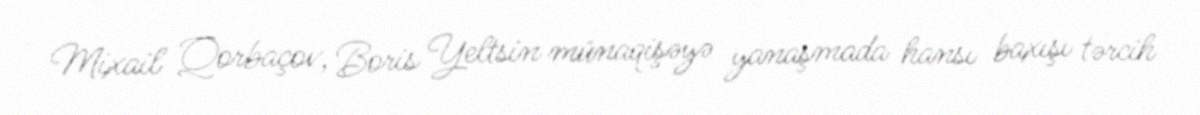
Mixail Qorbaçov, Boris Yeltsin münaqişəyə yanaşmada hansı baxışı tərcih